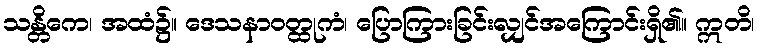
သန္တိကေ၊ အထံ၌။ ဒေသနာဝတ္ထုကံ၊ ပြောကြားခြင်းလျှင်အကြောင်းရှိ၏။ ဣတိ၊